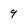
Character: 9